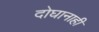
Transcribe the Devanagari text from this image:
दोघानाही